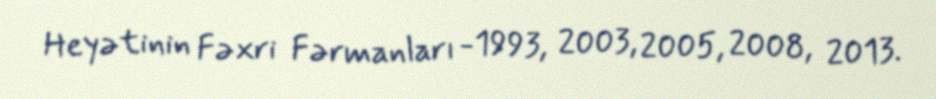
Heyətinin Fəxri Fərmanları -1993, 2003, 2005, 2008, 2013.